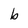
Character: b